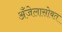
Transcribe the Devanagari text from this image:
अँजेलासोबत